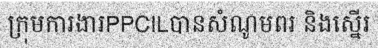
ក្រុមការងារPPCILបានសំណូមពរ និងស្នើរ